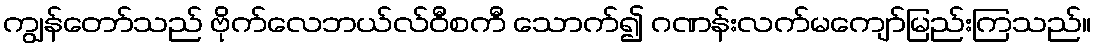
ကျွန်တော်သည် ဗိုက်လေဘယ်လ်ဝီစကီ သောက်၍ ဂဏန်းလက်မကျော်မြည်းကြသည်။